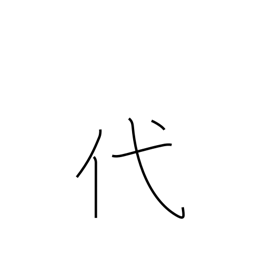
Meaning: replace